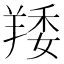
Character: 䍴